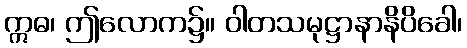
ဣဓ၊ ဤလောက၌။ ဝါတသမုဋ္ဌာနာနိပိခေါ၊